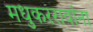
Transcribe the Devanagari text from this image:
मधुकररावांना